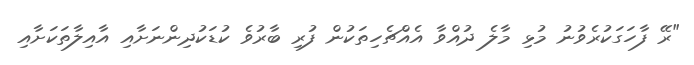
"ރޭ ފާހަގަކުރެވުނު މުޅި މާލެ ދުއްވާ އެއްޗެހިތަކުން ފުރި ބާރުވެ ކުޑަކުދިންނަށާއި އާއިލާތަކަށާއި